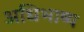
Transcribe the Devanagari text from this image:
अधिभाष्य